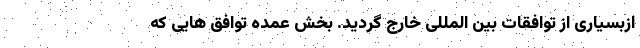
ازبسیاری از توافقات بین المللی خارج گردید. بخش عمده توافق هایی که